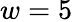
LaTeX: w=5